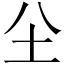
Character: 𡉀